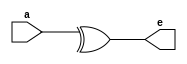
module even_parity_6bit(a,e);
input [5:0] a;
output e;
assign e = ^a;
endmodule
//////////////////////////////////////Test Bench/////////////////////////////////

module even_parity_6bit_tb();
reg [5:0] a;
wire e;
even_parity_6bit e1(a,e);
initial
	begin
	a=6'b111001;
#5	a=6'b110111;
#5
$stop;
end
endmodule